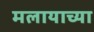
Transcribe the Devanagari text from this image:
मलायाच्या